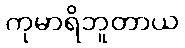
ကုမာရိဘူတာယ